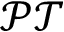
\mathcal { P T }